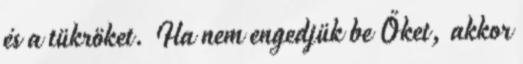
és a tükröket. Ha nem engedjük be Őket, akkor